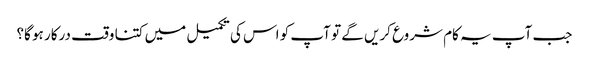
جب آپ یہ کام شروع کریں گے تو آپ کو اس کی تکمیل میں کتنا وقت درکار ہو گا؟